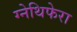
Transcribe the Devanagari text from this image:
ग्नेथिफेरा